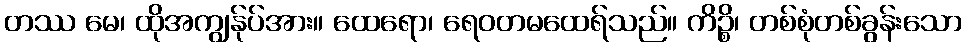
တဿ မေ၊ ထိုအကျွန်ုပ်အား။ ထေရော၊ ရေဝတမထေရ်သည်။ ကိဉ္စိ၊ တစ်စုံတစ်ခွန်းသော